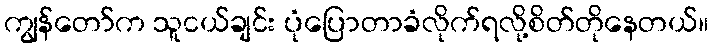
ကျွန်တော်က သူငယ်ချင်း ပုံပြောတာခံလိုက်ရလို့စိတ်တိုနေတယ်။